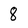
Character: 8